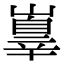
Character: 𡽕